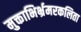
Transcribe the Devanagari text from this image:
मुक्ताभिर्भ्रमरकलिता